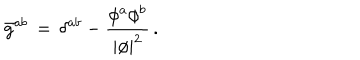
\bar { g } ^ { a b } \, = \, \delta ^ { a b } - { \frac { \phi ^ { a } \phi ^ { b } } { | \phi | ^ { 2 } } } \, .